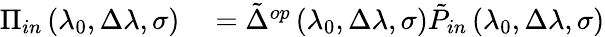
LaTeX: \begin{array}{rl}{\Pi_{in}\left(\lambda_{0},\Delta\lambda,\sigma\right)}&{{}=\tilde{\Delta}^{op}\left(\lambda_{0},\Delta\lambda,\sigma\right)\tilde{P}_{in}\left(\lambda_{0},\Delta\lambda,\sigma\right)}\end{array}